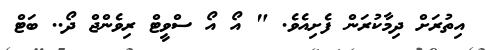
އިތުރަށް ދިމާކުރަން ފެށިއެވެ. " އޯ އޯ ސްވީޓް ރިވެންޖް ދޯ.. ބަޓް